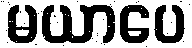
မယာပေ